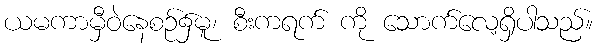
ယမကာမှီဝဲနေစဉ်၌မူ၊ စီးကရက် ကို သောက်လေ့ရှိပါသည်။